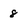
Character: 8